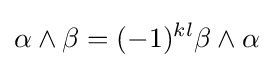
\alpha \wedge \beta =(-1)^{kl}\beta \wedge \alpha